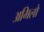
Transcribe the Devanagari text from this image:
अमिलो